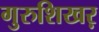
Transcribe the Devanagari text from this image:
गुरुशिखऱ